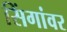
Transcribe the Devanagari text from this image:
सिंगांवर